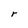
Character: r